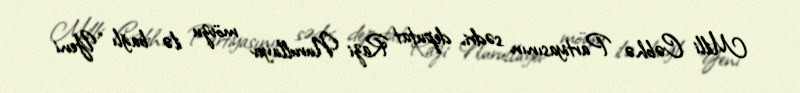
Milli Cəbhə Partiyasının sədri, deputat Razi Nurullayev mövzu ilə bağlı “Yeni